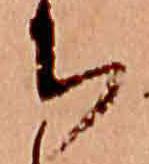
ち